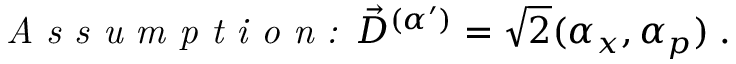
\begin{array} { r } { \emph { A s s u m p t i o n : } \vec { D } ^ { ( \alpha ^ { \prime } ) } = \sqrt { 2 } ( \alpha _ { x } , \alpha _ { p } ) \; . } \end{array}